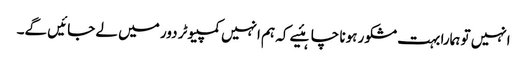
انہیں تو ہمارا بہت مشکور ہونا چاہئیے کہ ہم انہیں کمپیوٹر دور میں لے جائیں گے۔